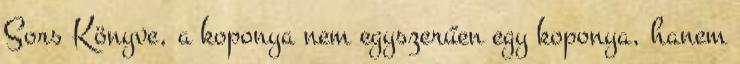
Sors Könyve, a koponya nem egyszerűen egy koponya, hanem